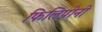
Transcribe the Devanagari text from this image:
फिलिपीनी